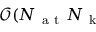
\mathcal { O } ( N _ { \mathrm { ~ a ~ t ~ } } N _ { \mathrm { ~ k ~ } }